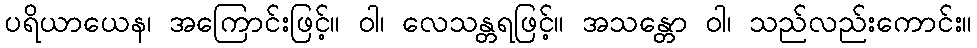
ပရိယာယေန၊ အကြောင်းဖြင့်။ ဝါ၊ လေသန္တရဖြင့်။ အသန္တော ဝါ၊ သည်လည်းကောင်း။